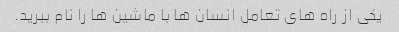
یکی از راه های تعامل انسان ها با ماشین ها را نام ببرید.